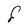
Character: F